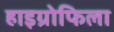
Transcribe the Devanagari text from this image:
हाइग्रोफिला